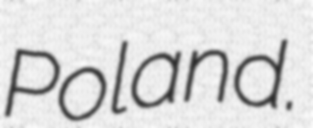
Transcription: Poland.